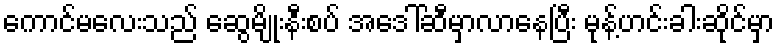
ကောင်မလေးသည် ဆွေမျိုးနီးစပ် အဒေါ်ဆီမှာလာနေပြီး မုန့်ဟင်းခါးဆိုင်မှာ